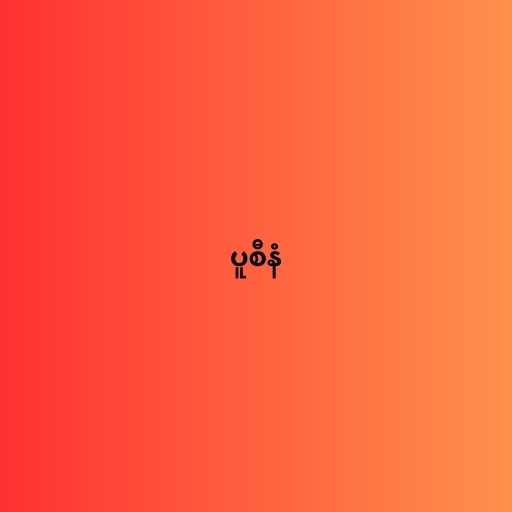
ပူစီနံ